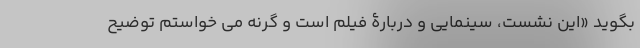
بگوید «این نشست، سینمایی و دربارۀ فیلم است و گرنه می خواستم توضیح